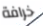
خرافة